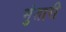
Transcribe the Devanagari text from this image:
मुंतारी